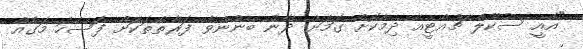
"އެއީ ސުކޫލް ޗުއްޓީއާ ދިމާކޮށް ގަމަށް ދާން ބޭނުންވާ ފަރާތްތަކަށް ފަސޭހަ މަގެއް